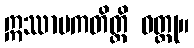
ဣဿာပကတိတ္ထိ ဝတ္ထု။